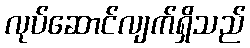
လုပ်ဆောင်လျက်ရှိသည်